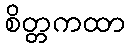
စိတ္တကထာ